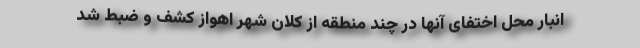
انبار محل اختفای آنها در چند منطقه از کلان شهر اهواز کشف و ضبط شد